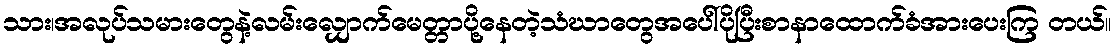
သား၊အလုပ်သမားတွေနဲ့လမ်းလျှောက်မေတ္တာပို့နေတဲ့သံဃာတွေအပေါ်ပိုပြီးစာနာထောက်ခံအားပေးကြ တယ်။